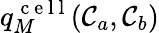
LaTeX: q_{M}^{\mathrm{~c~e~l~l~}}(\mathcal{C}_{a},\mathcal{C}_{b})